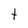
Character: t